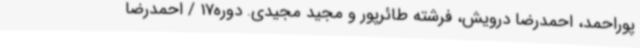
پوراحمد، احمدرضا درویش، فرشته طائرپور و مجید مجیدی. دوره17 / احمدرضا